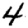
Digit: 4